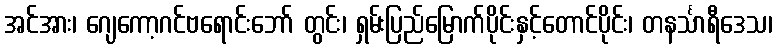
အင်အား၊ ဂျေကော့ဂင်ဗရောင်းဘော် တွင်း၊ ရှမ်းပြည်မြောက်ပိုင်းနှင့်တောင်ပိုင်း၊ တနင်္သာရီဒေသ၊